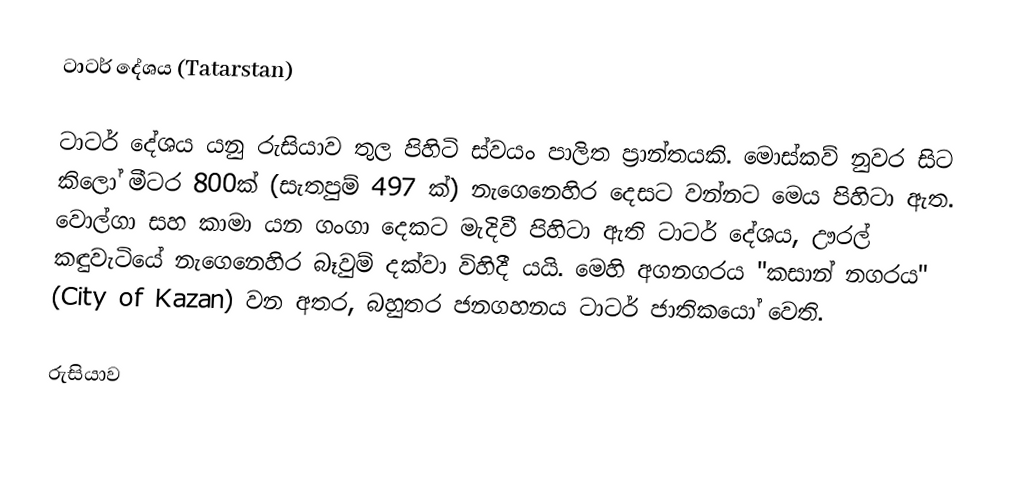
ටාටර් දේශය (Tatarstan)

ටාටර් දේශය යනු රුසියාව තුල පිහිටි ස්වයං පාලිත ප්‍රාන්තයකි. මොස්කව් නුවර සිට කිලෝ මීටර 800ක් (සැතපුම් 497 ක්) නැගෙනෙහිර දෙසට වන්නට මෙය පිහිටා ඇත. වොල්ගා සහ කාමා යන ගංගා දෙකට මැදිවී පිහිටා ඇති ටාටර් දේශය, ඌරල් කඳුවැටියේ නැගෙනෙහිර බෑවුම් දක්වා විහිදී යයි. මෙහි අගනගරය "කසාන් නගරය" (City of Kazan) වන අතර, බහුතර ජනගහනය ටාටර් ජාතිකයෝ වෙති.

රුසියාව